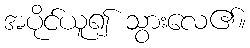
အပိုင်ယူ၍ သွားလေ၏။